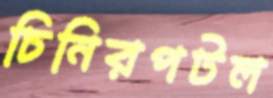
চিনিরপটল